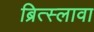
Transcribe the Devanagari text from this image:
ब्रित्स्लावा